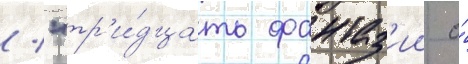
/ "тр'и́дцать фантаз'ии о́